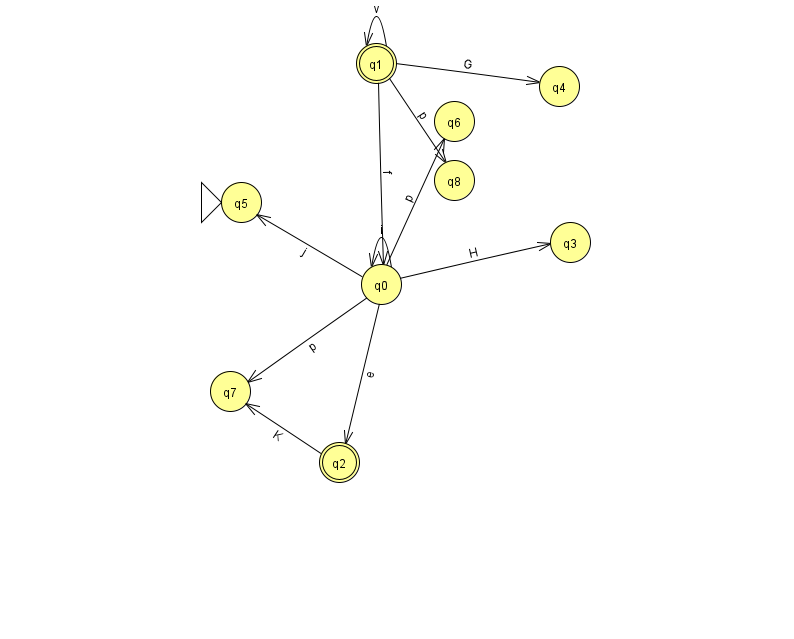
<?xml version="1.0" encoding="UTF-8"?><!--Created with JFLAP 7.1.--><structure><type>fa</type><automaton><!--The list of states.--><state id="0" name="q0"><x>381.0</x><y>271.0</y></state><state id="1" name="q1"><x>376.0</x><y>50.0</y><final/></state><state id="2" name="q2"><x>339.0</x><y>449.0</y><final/></state><state id="3" name="q3"><x>570.0</x><y>229.0</y></state><state id="4" name="q4"><x>559.0</x><y>73.0</y></state><state id="5" name="q5"><x>241.0</x><y>189.0</y><initial/></state><state id="6" name="q6"><x>454.0</x><y>108.0</y></state><state id="7" name="q7"><x>230.0</x><y>378.0</y></state><state id="8" name="q8"><x>454.0</x><y>167.0</y></state><!--The list of transitions.--><transition><from>1</from><to>0</to><read>f</read></transition><transition><from>0</from><to>3</to><read>H</read></transition><transition><from>0</from><to>7</to><read>p</read></transition><transition><from>2</from><to>7</to><read>K</read></transition><transition><from>1</from><to>1</to><read>v</read></transition><transition><from>1</from><to>4</to><read>G</read></transition><transition><from>1</from><to>8</to><read>p</read></transition><transition><from>0</from><to>5</to><read>j</read></transition><transition><from>0</from><to>0</to><read>i</read></transition><transition><from>0</from><to>6</to><read>p</read></transition><transition><from>0</from><to>2</to><read>e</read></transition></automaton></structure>